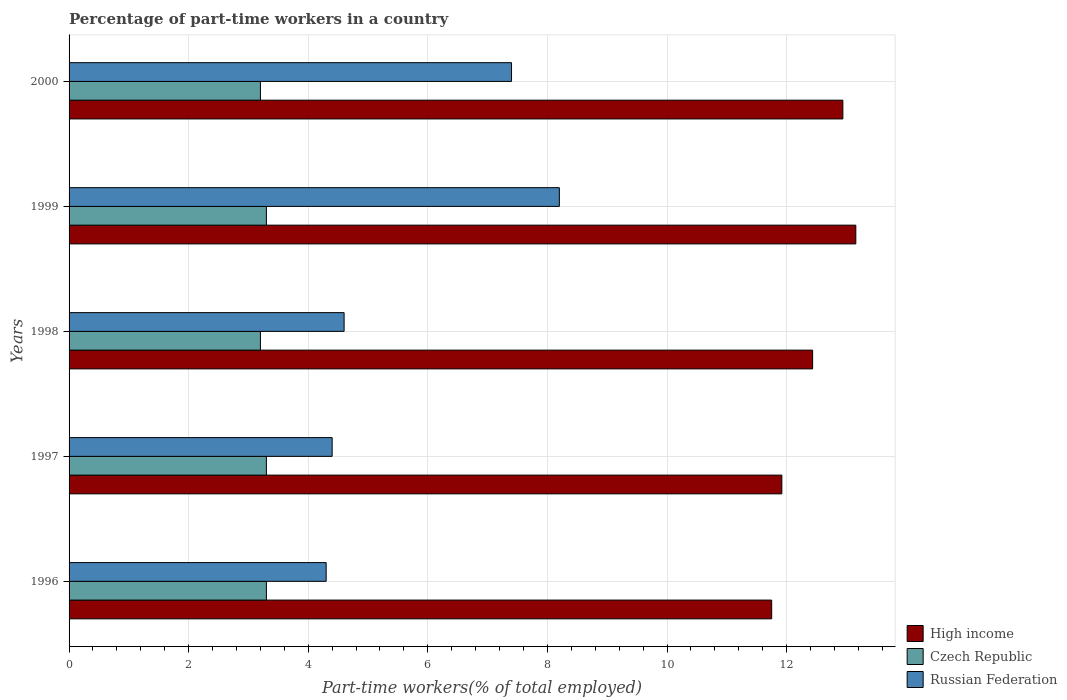
| Years | High income | Czech Republic | Russian Federation |
 | --- | --- | --- | --- |
 | 1996 | 11.8 | 3.3 | 4.3 |
 | 1997 | 11.9 | 3.3 | 4.4 |
 | 1998 | 12.4 | 3.2 | 4.6 |
 | 1999 | 13.2 | 3.3 | 8.2 |
 | 2000 | 12.9 | 3.2 | 7.4 |